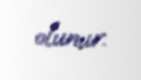
olunur.